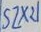
Text: SZX21